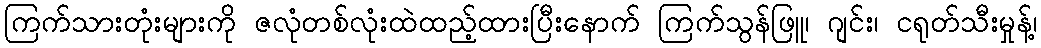
ကြက်သားတုံးများကို ဇလုံတစ်လုံးထဲထည့်ထားပြီးနောက် ကြက်သွန်ဖြူ၊ ဂျင်း၊ ငရုတ်သီးမှုန့်၊